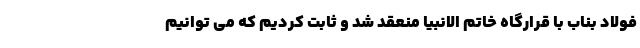
فولاد بناب با قرارگاه خاتم الانبیا منعقد شد و ثابت کردیم که می توانیم